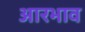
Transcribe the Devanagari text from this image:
आरभाव